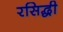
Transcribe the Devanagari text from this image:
रसिद्धी